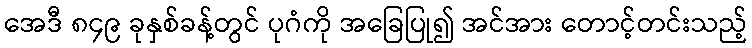
အေဒီ ၈၄၉ ခုနှစ်ခန့်တွင် ပုဂံကို အခြေပြု၍ အင်အား တောင့်တင်းသည့်